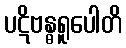
ပဋိဗန္ဓရူပေါတိ